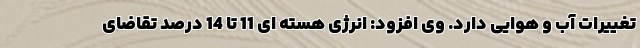
تغییرات آب و هوایی دارد. وی افزود: انرژی هسته ای 11 تا 14 درصد تقاضای